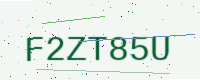
Text: F2ZT85U